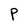
Character: P